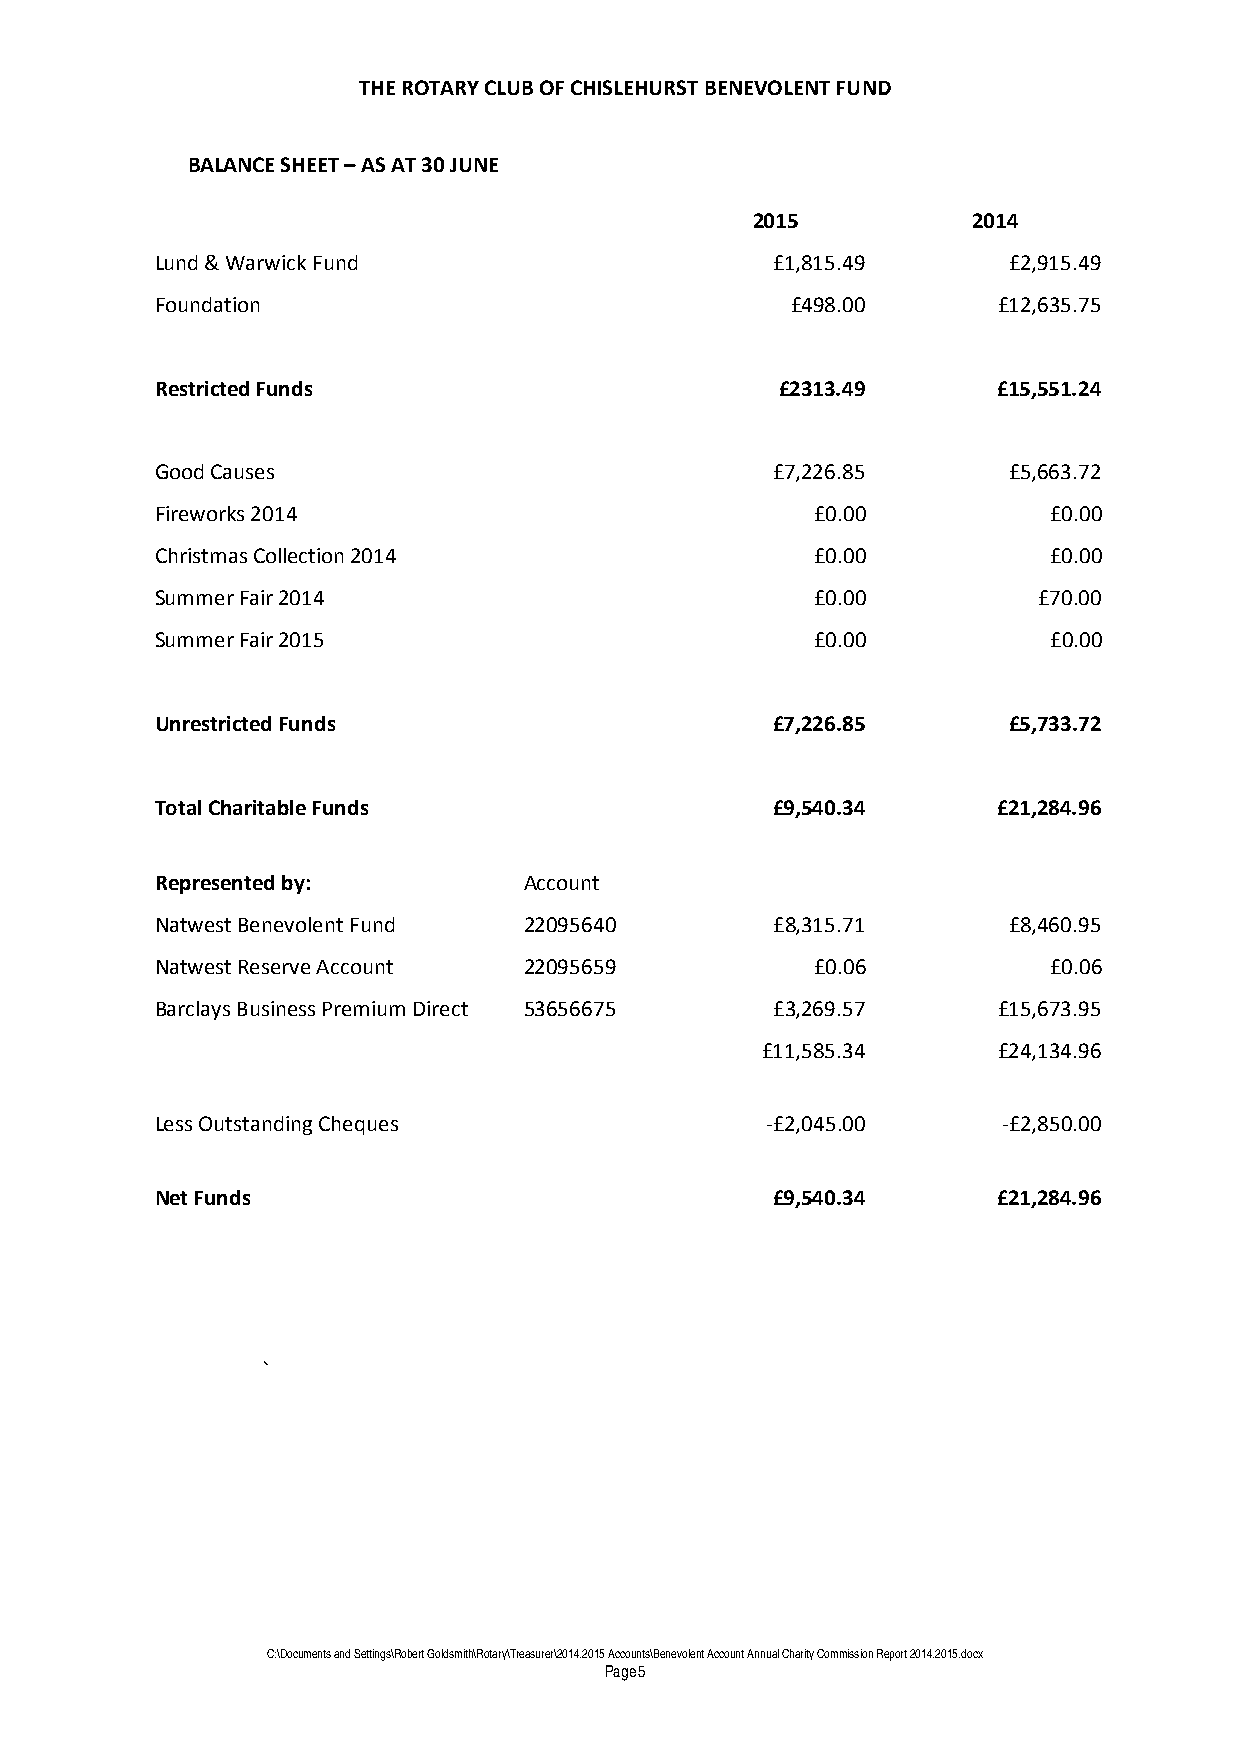
THE ROTARY CLUB OF CHISLEHURST BENEVOLENT FUND
 BALANCE SHEET – AS AT 30 JUNE
 2015          2014
 Lund & Warwick Fund                      £1,815.49       £2,915.49
 Foundation                                £498.00       £12,635.75
 Restricted Funds                          £2313.49      £15,551.24
 Good Causes                              £7,226.85       £5,663.72
 Fireworks 2014                              £0.00           £0.00
 Christmas Collection 2014                   £0.00           £0.00
 Summer Fair 2014                            £0.00          £70.00
 Summer Fair 2015                            £0.00           £0.00
 Unrestricted Funds                       £7,226.85       £5,733.72
 Total Charitable Funds                   £9,540.34      £21,284.96
 Represented by:          Account
 Natwest Benevolent Fund  22095640        £8,315.71       £8,460.95
 Natwest Reserve Account  22095659           £0.06           £0.06
 Barclays Business Premium Direct 53656675 £3,269.57     £15,673.95
 £11,585.34      £24,134.96
 Less Outstanding Cheques                 -£2,045.00     -£2,850.00
 Net Funds                                £9,540.34      £21,284.96
 `
 C:\Documents and Settings\Robert Goldsmith\Rotary\Treasurer\2014.2015 Accounts\Benevolent Account Annual Charity Commission Report 2014.2015.docx
 Page 5